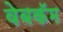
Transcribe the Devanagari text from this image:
वेबकॅम